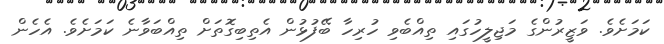
ކަމަށެވެ. ވަޒީރުންގެ މަޖިލީހުގައި ތިއްބެވި ހުރިހާ ބޭފުޅުން އެތިބިގޮތަށް ތިއްބަވާނެ ކަމަށެވެ. އެހެން